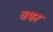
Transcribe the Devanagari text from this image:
वपर